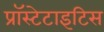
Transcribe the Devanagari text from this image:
प्रॉस्टेटाइटिस